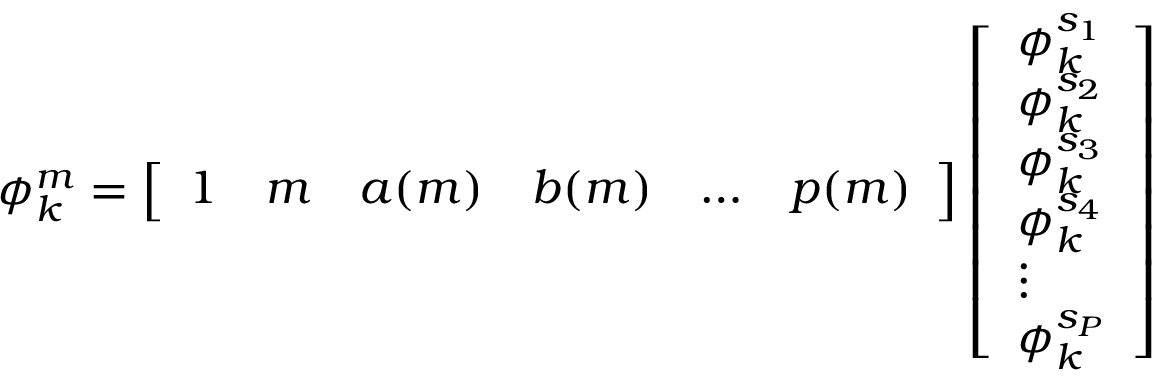
\begin{array} { r } { \phi _ { k } ^ { m } = \left[ \begin{array} { l l l l l l } { 1 } & { m } & { a ( m ) } & { b ( m ) } & { \hdots } & { p ( m ) } \end{array} \right] \left[ \begin{array} { l } { \phi _ { k } ^ { s _ { 1 } } } \\ { \phi _ { k } ^ { s _ { 2 } } } \\ { \phi _ { k } ^ { s _ { 3 } } } \\ { \phi _ { k } ^ { s _ { 4 } } } \\ { \vdots } \\ { \phi _ { k } ^ { s _ { P } } } \end{array} \right] } \end{array}